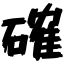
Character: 確